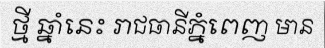
ថ្មី ឆ្នាំនេះ រាជធានីភ្នំពេញ មាន